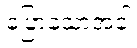
ပြောသောအခါ